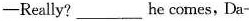
—Really?___he comes,Da-